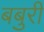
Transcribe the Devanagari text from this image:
बबुरी